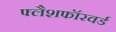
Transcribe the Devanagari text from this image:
फ्लैशफॉरवर्ड